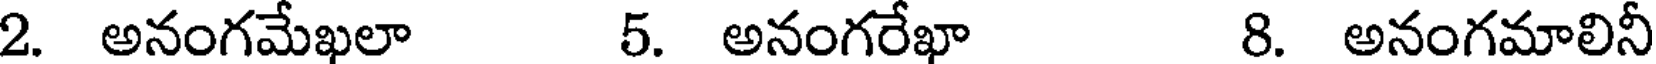
2. అనంగమేఖలా 5. అనంగరేఖా 8. అనంగమాలినీ